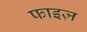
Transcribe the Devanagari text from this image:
फाइज़